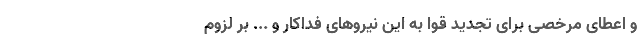
و اعطای مرخصی برای تجدید قوا به این نیروهای فداکار و ... بر لزوم